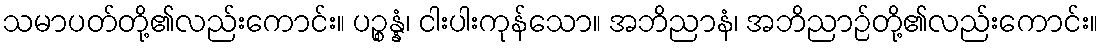
သမာပတ်တို့၏လည်းကောင်း။ ပဉ္စန္နံ၊ ငါးပါးကုန်သော။ အဘိညာနံ၊ အဘိညာဉ်တို့၏လည်းကောင်း။